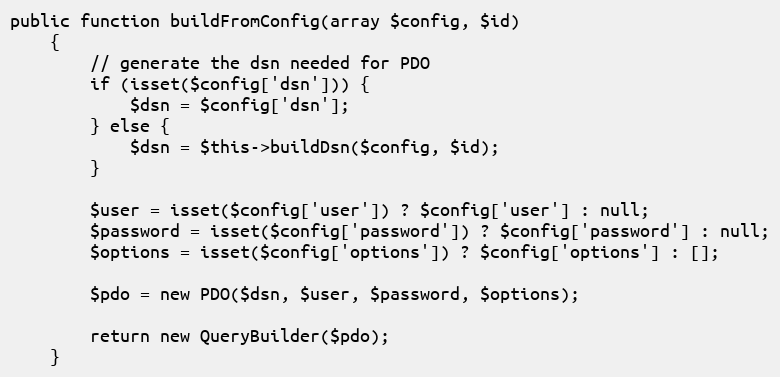
Language: PHP
public function buildFromConfig(array $config, $id)
    {
        // generate the dsn needed for PDO
        if (isset($config['dsn'])) {
            $dsn = $config['dsn'];
        } else {
            $dsn = $this->buildDsn($config, $id);
        }

        $user = isset($config['user']) ? $config['user'] : null;
        $password = isset($config['password']) ? $config['password'] : null;
        $options = isset($config['options']) ? $config['options'] : [];

        $pdo = new PDO($dsn, $user, $password, $options);

        return new QueryBuilder($pdo);
    }